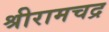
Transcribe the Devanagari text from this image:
श्रीरामचद्र